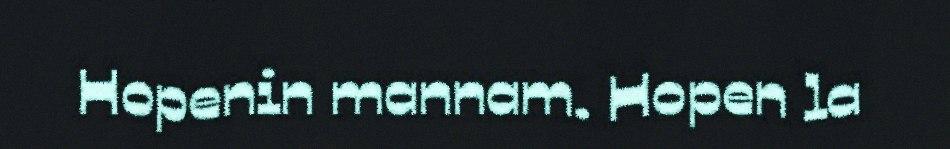
Hopenin mannam. Hopen la